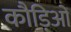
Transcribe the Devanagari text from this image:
कौड़िओं